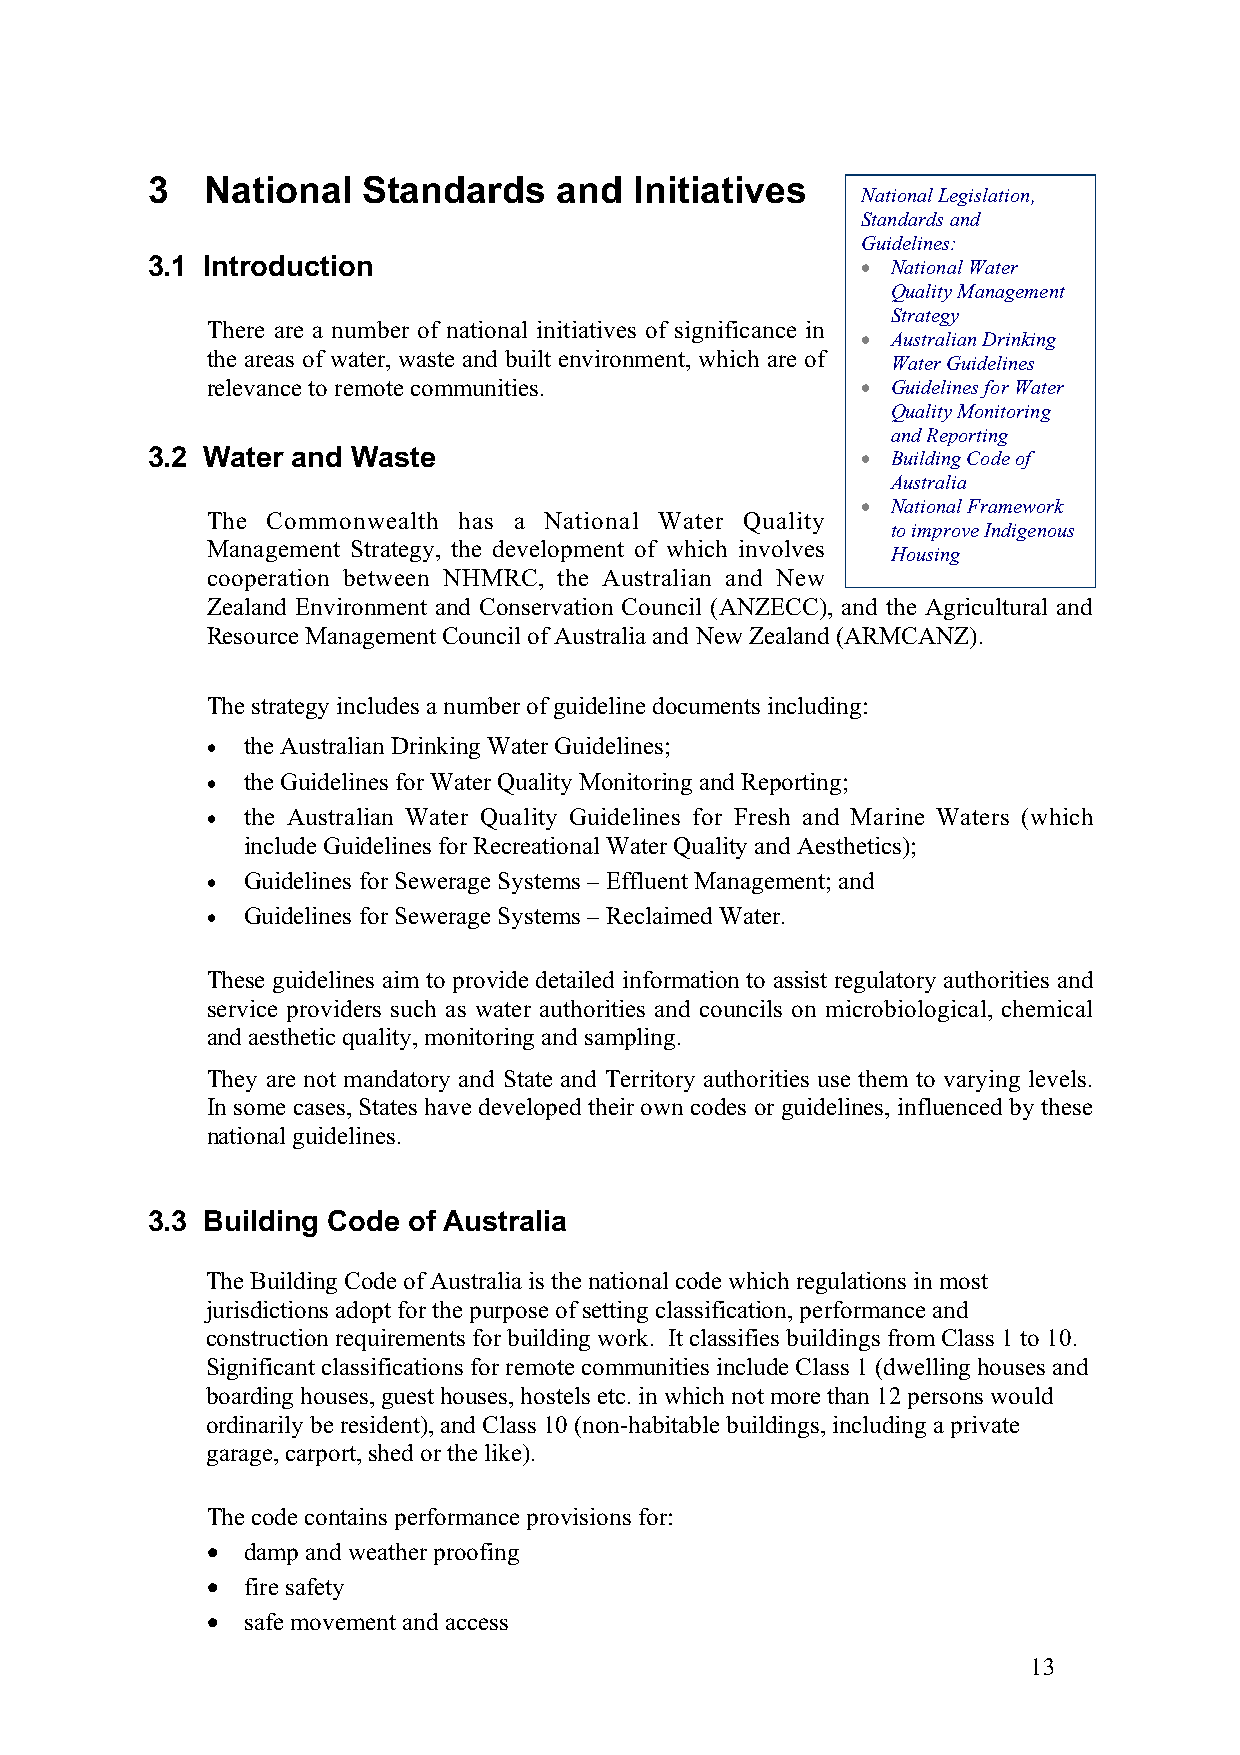
3   National  Standards    and  Initiatives
 National Legislation,
 Standards and
 Guidelines:
 3.1 Introduction                               • National Water
 Quality Management
 Strategy
 There are a number of national initiatives of significance in
 • Australian Drinking
 the areas of water, waste and built environment, which are of Water Guidelines
 relevance to remote communities.           • Guidelines for Water
 Quality Monitoring
 and Reporting
 3.2 Water and Waste                            • Building Code of
 Australia
 • National Framework
 The Commonwealth has a National Water Quality
 to improve Indigenous
 Management Strategy, the development of which involves
 Housing
 cooperation between NHMRC, the Australian and New
 Zealand Environment and Conservation Council (ANZECC), and the Agricultural and
 Resource Management Council of Australia and New Zealand (ARMCANZ).
 The strategy includes a number of guideline documents including:
 • the Australian Drinking Water Guidelines;
 • the Guidelines for Water Quality Monitoring and Reporting;
 • the Australian Water Quality Guidelines for Fresh and Marine Waters (which
 include Guidelines for Recreational Water Quality and Aesthetics);
 • Guidelines for Sewerage Systems – Effluent Management; and
 • Guidelines for Sewerage Systems – Reclaimed Water.
 These guidelines aim to provide detailed information to assist regulatory authorities and
 service providers such as water authorities and councils on microbiological, chemical
 and aesthetic quality, monitoring and sampling.
 They are not mandatory and State and Territory authorities use them to varying levels.
 In some cases, States have developed their own codes or guidelines, influenced by these
 national guidelines.
 3.3 Building Code of Australia
 The Building Code of Australia is the national code which regulations in most
 jurisdictions adopt for the purpose of setting classification, performance and
 construction requirements for building work. It classifies buildings from Class 1 to 10.
 Significant classifications for remote communities include Class 1 (dwelling houses and
 boarding houses, guest houses, hostels etc. in which not more than 12 persons would
 ordinarily be resident), and Class 10 (non-habitable buildings, including a private
 garage, carport, shed or the like).
 The code contains performance provisions for:
 • damp and weather proofing
 • fire safety
 • safe movement and access
 13